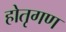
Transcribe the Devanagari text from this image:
होतृगण